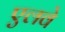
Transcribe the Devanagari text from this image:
एलवे